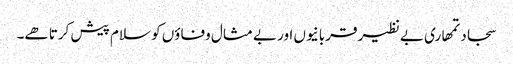
سجاد تمھاری بے نظیر قربانیوں اور بے مثال وفاؤں کو سلام پیش کرتا ھے۔